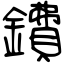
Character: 鐨